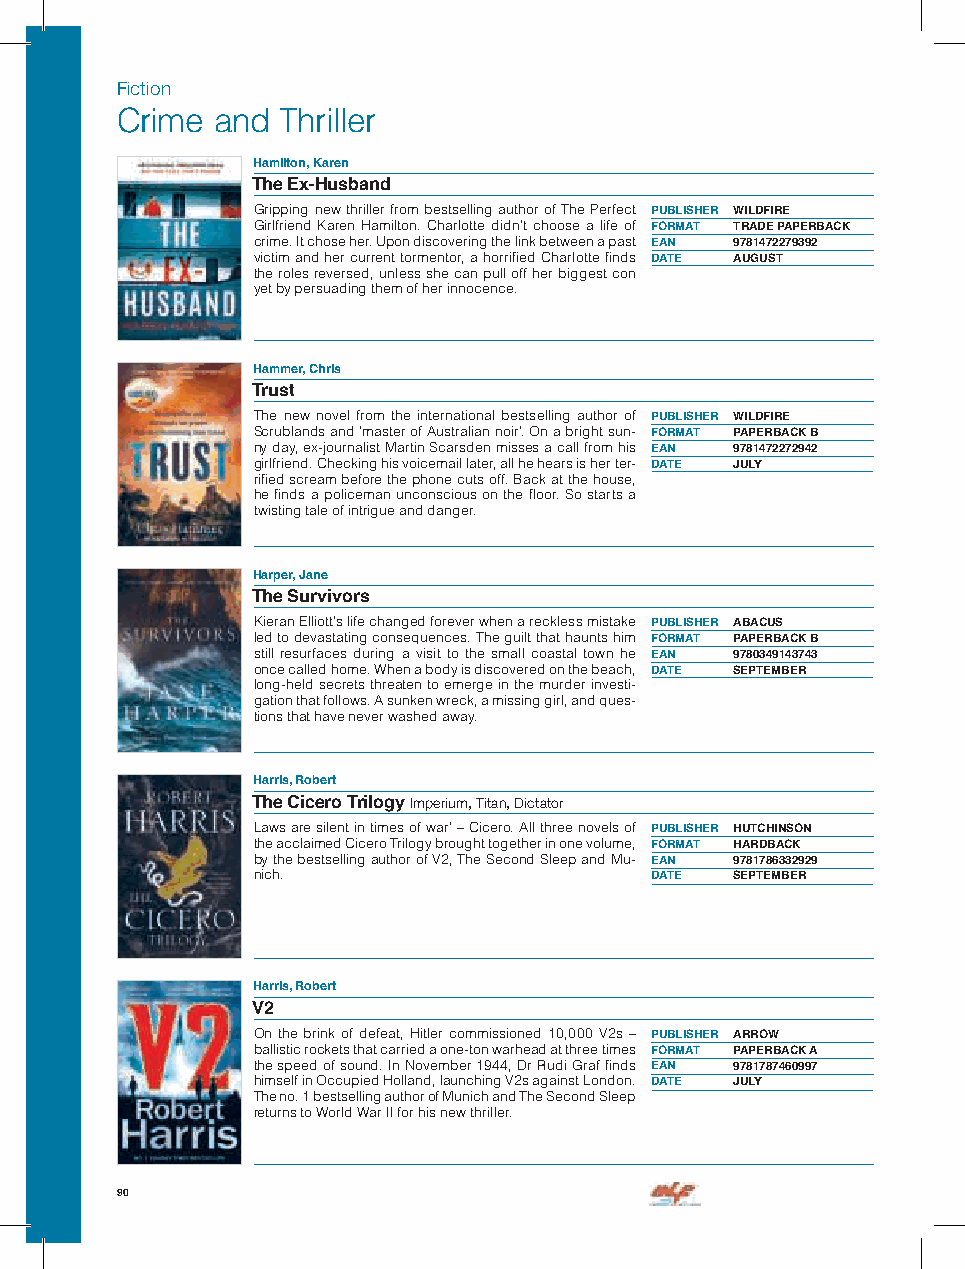
Fiction
 Crime and  Thriller
 Hamilton, Karen
 The Ex-Husband
 Gripping new thriller from bestselling author of The Perfect PUBLISHER WILDFIRE
 Girlfriend Karen Hamilton. Charlotte didn’t choose a life of FORMAT TRADE PAPERBACK
 crime. It chose her. Upon discovering the link between a past EAN 9781472279392
 victim and her current tormentor, a horrified Charlotte finds DATE AUGUST
 the roles reversed, unless she can pull off her biggest con
 yet by persuading them of her innocence.
 Hammer, Chris
 Trust
 The new novel from the international bestselling author of PUBLISHER WILDFIRE
 Scrublands and ’master of Australian noir’. On a bright sun- FORMAT PAPERBACK B
 ny day, ex-journalist Martin Scarsden misses a call from his EAN 9781472272942
 girlfriend. Checking his voicemail later, all he hears is her ter- DATE JULY
 rified scream before the phone cuts off. Back at the house,
 he finds a policeman unconscious on the floor. So starts a
 twisting tale of intrigue and danger.
 Harper, Jane
 The Survivors
 Kieran Elliott’s life changed forever when a reckless mistake PUBLISHER ABACUS
 led to devastating consequences. The guilt that haunts him FORMAT PAPERBACK B
 still resurfaces during a visit to the small coastal town he EAN 9780349143743
 once called home. When a body is discovered on the beach, DATE SEPTEMBER
 long-held secrets threaten to emerge in the murder investi-
 gation that follows. A sunken wreck, a missing girl, and ques-
 tions that have never washed away.
 Harris, Robert
 The Cicero Trilogy Imperium, Titan, Dictator
 Laws are silent in times of war’ – Cicero. All three novels of PUBLISHER HUTCHINSON
 the acclaimed Cicero Trilogy brought together in one volume, FORMAT HARDBACK
 by the bestselling author of V2, The Second Sleep and Mu- EAN 9781786332929
 nich.                     DATE  SEPTEMBER
 Harris, Robert
 V2
 On the brink of defeat, Hitler commissioned 10,000 V2s – PUBLISHER ARROW
 ballistic rockets that carried a one-ton warhead at three times FORMAT PAPERBACK A
 the speed of sound. In November 1944, Dr Rudi Graf finds EAN 9781787460997
 himself in Occupied Holland, launching V2s against London. DATE JULY
 The no. 1 bestselling author of Munich and The Second Sleep
 returns to World War II for his new thriller.
 90